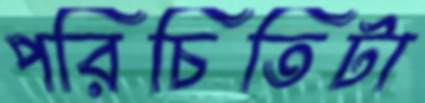
পরিচিতিটা